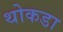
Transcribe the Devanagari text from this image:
थोकडा